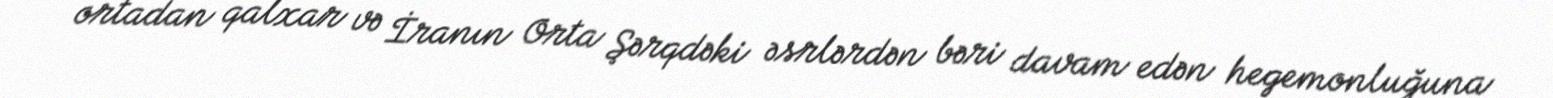
ortadan qalxar və İranın Orta Şərqdəki əsrlərdən bəri davam edən hegemonluğuna